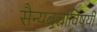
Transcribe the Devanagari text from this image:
सैन्यबलाविषयी